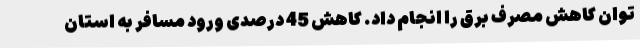
توان کاهش مصرف برق را انجام داد. کاهش 45 درصدی ورود مسافر به استان